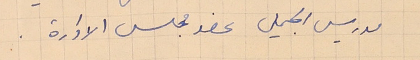
موريس الجميل عضو مجلس الادارة.